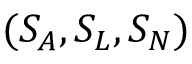
( S _ { A } , S _ { L } , S _ { N } )